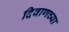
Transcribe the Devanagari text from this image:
दिवाणच्या